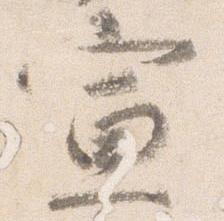
宣